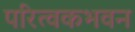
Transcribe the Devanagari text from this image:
परित्वकभवन